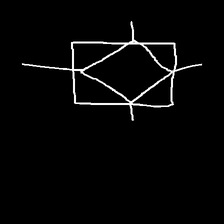
Glyph: light